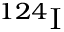
{ } ^ { 1 2 4 } \mathrm { I }